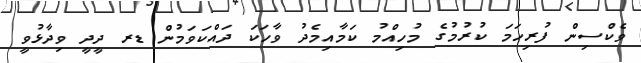
ވެކްސިން ފުރިހަމަ ކުރުމުގެ މުހިއްމު ކަމާއިމެދު ވާހަކަ ދައްކަވަމުން ޑރ ދީދީ ވިދާޅުވީ